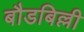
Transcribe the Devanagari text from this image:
बौडबिल्ली